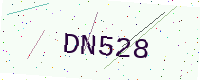
Text: DN528